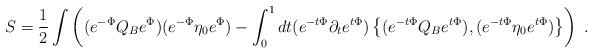
\begin{align*}S=\frac{1}{2}\int\left((e^{-\Phi}Q_Be^{\Phi})(e^{-\Phi}\eta_0e^{\Phi})-\int_0^1 dt(e^{-t\Phi}\partial_te^{t\Phi})\left\{(e^{-t\Phi}Q_Be^{t\Phi}),(e^{-t\Phi}\eta_0e^{t\Phi})\right\}\right) \ .\end{align*}